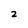
Character: 2